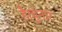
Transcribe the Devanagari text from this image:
है।चुनार